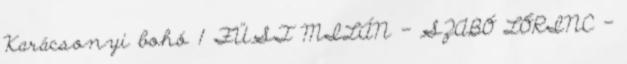
Karácsonyi bohó 1 FÜST MILÁN - SZABÓ LŐRINC -